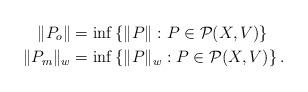
LaTeX: \begin{align*}\|P_o\|&=\inf\left\{\|P\|:P \in \mathcal{P}(X,V)\right\}\\\|P_m\|_w&=\inf\left\{\|P\|_w:P \in \mathcal{P}(X,V)\right\}.\end{align*}